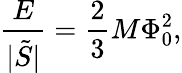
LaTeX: \frac{E}{|\tilde{S}|}=\frac{2}{3}M\Phi_{0}^{2},